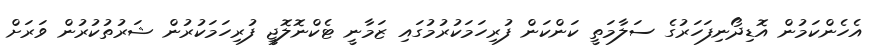
އެހެންކަމުން އޮޑިދޯނިފަހަރުގެ ސަލާމަތީ ކަންކަން ފުރިހަމަކުރުމުގައި ޒަމާނީ ޓެކްނޮލޮޖީ ފުރިހަމަކުރުން ޝަރުތުކުރުން ވަރަށް